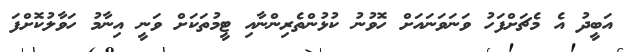
އަބީދު އެ މެޗަށްފަހު ވަނަވަނައަށް ހޮވުނު ކުޅުންތެރިންނާއި ޓީމުތަކަށް ވަނީ އިނާމު ހަވާލުކޮށްފަ